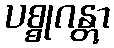
ပစ္စုဂန္တွာ